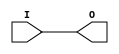
// Based on the simulation models from /opt/Xilinx/14.5/ISE_DS/ISE/verilog/src/unisims/

module IBUF(O, I);
   output O;
   input  I;
   assign O = I;
endmodule

module OBUF(O, I);
   output O;
   input  I;
   assign O = I;
endmodule

module OBUFT(O, I, T);
   output O;
   input  I, T;
   assign O = T ? 1'bz : I;
endmodule

module GND(G);
   output G;
   assign G = 0;
endmodule

module INV(O, I);
   input I;
   output O;
   assign O = !I;
endmodule

module LUT1(O, I0);
   parameter INIT = 0;
   input I0;
   wire [1:0] lutdata = INIT;
   wire [0:0] idx = { I0 };
   output     O;
   assign O = lutdata[idx];
endmodule

module LUT2(O, I0, I1);
   parameter INIT = 0;
   input I0, I1;
   wire [3:0] lutdata = INIT;
   wire [1:0] idx = { I1, I0 };
   output     O;
   assign O = lutdata[idx];
endmodule

module LUT3(O, I0, I1, I2);
   parameter INIT = 0;
   input I0, I1, I2;
   wire [7:0] lutdata = INIT;
   wire [2:0] idx = { I2, I1, I0 };
   output     O;
   assign O = lutdata[idx];
endmodule

module LUT4(O, I0, I1, I2, I3);
   parameter INIT = 0;
   input I0, I1, I2, I3;
   wire [15:0] lutdata = INIT;
   wire [3:0]  idx = { I3, I2, I1, I0 };
   output      O;
   assign O = lutdata[idx];
endmodule

module LUT5(O, I0, I1, I2, I3, I4);
   parameter INIT = 0;
   input I0, I1, I2, I3, I4;
   wire [31:0] lutdata = INIT;
   wire [4:0]  idx = { I4, I3, I2, I1, I0 };
   output      O;
   assign O = lutdata[idx];
endmodule

module LUT6(O, I0, I1, I2, I3, I4, I5);
   parameter INIT = 0;
   input I0, I1, I2, I3, I4, I5;
   wire [63:0] lutdata = INIT;
   wire [5:0]  idx = { I5, I4, I3, I2, I1, I0 };
   output      O;
   assign O = lutdata[idx];
endmodule

module MUXCY(O, CI, DI, S);
   input CI, DI, S;
   output O;
   assign O = S ? CI : DI;
endmodule

module MUXF7(O, I0, I1, S);
   input I0, I1, S;
   output O;
   assign O = S ? I1 : I0;
endmodule

module MUXF8(O, I0, I1, S);
   input I0, I1, S;
   output O;
   assign O = S ? I1 : I0;
endmodule

module VCC(P);
   output P;
   assign P = 1;
endmodule

module XORCY(O, CI, LI);
   input CI, LI;
   output O;
   assign O = CI ^ LI;
endmodule

module CARRY4(CO, O, CI, CYINIT, DI, S);
   output [3:0] CO, O;
   input        CI, CYINIT;
   input [3:0]  DI, S;
   wire         ci_or_cyinit;
   assign O = S ^ {CO[2:0], ci_or_cyinit};
   assign CO[0] = S[0] ? ci_or_cyinit : DI[0];
   assign CO[1] = S[1] ? CO[0] : DI[1];
   assign CO[2] = S[2] ? CO[1] : DI[2];
   assign CO[3] = S[3] ? CO[2] : DI[3];
   assign ci_or_cyinit = CI | CYINIT;
endmodule

module FD_1 (Q, C, D);
   parameter INIT = 1'b0;
   output Q;
   input  C, D;
   wire   Q;
   reg    q_out;
   initial q_out = INIT;
   assign Q = q_out;
   always @(negedge C  )
	 q_out <= D;
endmodule // FD_1

module FDC_1 (Q, C, CLR, D);
   parameter INIT = 1'b0;
   output Q;
   input  C, CLR, D;
   wire   Q;
   reg    q_out;
   initial q_out = INIT;
   assign Q = q_out;
   always @(CLR)
     if (CLR)
       q_out <= 0;
   always @(negedge C)
	 q_out <=  D;
endmodule // FDC_1

module FDCE_1 (Q, C, CE, CLR, D);
   parameter INIT = 1'b0;
   output Q;
   input  C, CE, CLR, D;
   wire   Q;
   reg    q_out;
   initial q_out = INIT;
   assign Q = q_out;
   always @(CLR)
     if (CLR)
       q_out <= 0;
   always @(negedge C)
     if (CE)
       q_out <=  D;
endmodule // FDCE_1

module FDCE (Q, C, CE, CLR, D);
   parameter INIT = 1'b0;
   output Q;
   input  C, CE, CLR, D;
   wire   Q;
   reg    q_out;
   initial q_out = INIT;
   assign Q = q_out;
   always @(CLR)
     if (CLR)
       q_out <= 0;
   always @(posedge C)
     if (CE)
	   q_out <= D;
endmodule // FDCE

module FDCP_1 (Q, C, CLR, D, PRE);
   parameter INIT = 1'b0;
   output Q;
   input  C, CLR, D, PRE;
   wire   Q;
   reg    q_out;
   initial q_out = INIT;
   assign Q = q_out;
   always @(CLR or PRE)
     if (CLR)
       q_out <= 0;
     else if (PRE)
       q_out <= 1;
   always @(negedge C )
     q_out <=  D;
endmodule // FDCP_1

module FDCPE_1 (Q, C, CE, CLR, D, PRE);
   parameter INIT = 1'b0;
   output Q;
   input  C, CE, CLR, D, PRE;
   wire   Q;
   reg    q_out;
   initial q_out = INIT;
   assign Q = q_out;
   always @(CLR or PRE)
     if (CLR)
       q_out <= 0;
     else if (PRE)
       q_out <= 1;
   always @(negedge C )
     if ( CE ==1)
       q_out <=  D;
endmodule // FDCPE_1

module FDCPE (Q, C, CE, CLR, D, PRE);
   parameter INIT = 1'b0;
   output Q;
   input  C, CE, CLR, D, PRE;
   wire   Q;
   reg    q_out;
   initial q_out = INIT;
   assign Q = q_out;
   always @(CLR or PRE)
     if (CLR)
       q_out <= 0;
     else if (PRE)
       q_out <= 1;
   always @(posedge C )
     if (CE)
	   q_out <= D;
endmodule // FDCPE

module FDCP (Q, C, CLR, D, PRE);
   parameter INIT = 1'b0;
   output Q;
   input  C, CLR, D, PRE;
   wire   Q;
   reg    q_out;
   initial q_out = INIT;
   assign Q = q_out;
   always @(CLR or PRE)
     if (CLR)
       q_out <= 0;
     else if (PRE)
       q_out <= 1;
   always @(posedge C )
	 q_out <=  D;
endmodule // FDCP

module FDC (Q, C, CLR, D);
   parameter INIT = 1'b0;
   output Q;
   input  C, CLR, D;
   wire   Q;
   reg    q_out;
   initial q_out = INIT;
   always @(CLR)
     if (CLR)
       q_out <= 0;
   always @(posedge C)
	 q_out <=  D;
   assign Q = q_out;
endmodule // FDC

module FDDRCPE (Q, C0, C1, CE, CLR, D0, D1, PRE);
   parameter INIT = 1'b0;
   output Q;
   input  C0, C1, CE, CLR, D0, D1, PRE;
   wire   Q;
   reg    q_out;
   reg    q0_out, q1_out;
   reg    C0_tmp, C1_tmp;
   initial begin
      q_out = INIT;
      q0_out = INIT;
      q1_out = INIT;
      C0_tmp = 0;
      C1_tmp = 0;
   end
   assign Q = q_out;
   always @(CLR or PRE)
     if (CLR) begin
        q_out  <= 0;
        q0_out <= 0;
        q1_out <= 0;
        C0_tmp <= 0;
        C1_tmp <= 0;
     end
     else if (PRE) begin
        q_out  <= 1;
        q0_out <= 1;
        q1_out <= 1;
        C0_tmp <= 0;
        C1_tmp <= 0;
     end
   always @(posedge C0) 
     if ( CE) begin
        C0_tmp <=  1;
        q0_out <=  D0;
     end
   always @(posedge C1)
     if ( CE ) begin
        C1_tmp <=  1;
        q1_out <=  D1;
     end
   always @(posedge C0_tmp or posedge C1_tmp )
     if (C1_tmp)
       q_out <=  q1_out;
     else 
       q_out <=  q0_out;
endmodule // FDDRCPE

module FDDRRSE (Q, C0, C1, CE, D0, D1, R, S);
   parameter INIT = 1'b0;
   output Q;
   input  C0, C1, CE, D0, D1, R, S;
   wire   Q;
   reg    q_out;
   reg    q0_out, q1_out;
   reg    C0_tmp, C1_tmp;
   initial begin
      q_out = INIT;
      q0_out = INIT;
      q1_out = INIT;
      C0_tmp = 0;
      C1_tmp = 0;
   end
   assign Q = q_out;
   always @(posedge C0) 
     if (CE == 1 || R == 1 || S == 1) begin
        C0_tmp <=  1;
        //      C0_tmp <= #100 0;
     end
   always @(posedge C1) 
     if (CE == 1 || R == 1 || S == 1) begin
        C1_tmp <=  1;
        //      C1_tmp <= #100 0;
     end
   always @(posedge C0) 
     if (R)
       q0_out <=  0;
     else if (S)
       q0_out <=  1;
     else if (CE)
       q0_out <= D0;
   always @(posedge C1)
     if (R)
       q1_out <=  0;
     else if (S)
       q1_out <=  1;
     else if (CE)
       q1_out <=  D1;
   always @(posedge C0_tmp or posedge C1_tmp )
     if (C1_tmp)
       q_out <=  q1_out;
     else 
       q_out <=  q0_out;
endmodule // FDDRRSE

module FDE_1 (Q, C, CE, D);
   parameter INIT = 1'b0;
   output Q;
   input  C, CE, D;
   wire   Q;
   reg    q_out;
   initial q_out = INIT;
   assign Q = q_out;
   always @(negedge C )
     if (CE)
	   q_out <=  D;
endmodule // FDE_1

module FDE (Q, C, CE, D);
   parameter INIT = 1'b0;
   output Q;
   input  C, CE, D;
   wire   Q;
   reg    q_out;
   initial q_out = INIT;
   assign Q = q_out;
   always @(posedge C)
	 if (CE)
	   q_out <=  D;
endmodule // FDE

module FDP_1 (Q, C, D, PRE);
   parameter INIT = 1'b1;
   output Q;
   input  C, D, PRE;
   wire   Q;
   reg    q_out;
   initial q_out = INIT;
   assign Q = q_out;
   always @(PRE)
     if (PRE)
       q_out <= 1;
   always @(negedge C)
	 q_out <=  D;
endmodule // FDP_1

module FDPE_1 (Q, C, CE, D, PRE);
   parameter INIT = 1'b1;
   output Q;
   input  C, CE, D, PRE;
   wire   Q;
   reg    q_out;
   initial q_out = INIT;
   assign Q = q_out;
   always @(PRE)
     if (PRE)
       q_out <= 1;
   always @(negedge C )
     if (CE)
	   q_out <=  D;
endmodule // FDPE_1

module FDPE (Q, C, CE, D, PRE);
   parameter INIT = 1'b1;
   output Q;
   input  C, CE, D, PRE;
   wire   Q;
   reg    q_out;
   initial q_out = INIT;
   assign Q = q_out;
   always @(PRE)
     if (PRE)
       q_out <= 1;
   always @(posedge C )
     if (CE)
	   q_out <=  D;
endmodule // FDPE

module FDP (Q, C, D, PRE);
   parameter INIT = 1'b1;
   output Q;
   input  C, D, PRE;
   wire   Q;
   reg    q_out;
   initial q_out = INIT;
   assign Q = q_out;
   always @(PRE)
     if (PRE) 
       q_out <= 1;
   always @(posedge C )
	 q_out <= D;
endmodule // FDP

module FDR_1 (Q, C, D, R);
   parameter INIT = 1'b0;
   output Q;
   input  C, D, R;
   wire   Q;
   reg    q_out;
   initial q_out = INIT;
   assign Q = q_out;
   always @(negedge C )
     if (R)
	   q_out <=  0;
     else
	   q_out <=  D;
endmodule // FDR_1

module FDRE_1 (Q, C, CE, D, R);
   parameter INIT = 1'b0;
   output Q;
   input  C, CE, D, R;
   wire   Q;
   reg    q_out;
   initial q_out = INIT;
   assign Q = q_out;
   always @(negedge C )
	 if (R)
	   q_out <=  0;
	 else if (CE)
	   q_out <=  D;
endmodule // FDRE_1

module FDRE (Q, C, CE, D, R);
   parameter INIT = 1'b0;
   output Q;
   input  C, CE, D, R;
   wire   Q;
   reg    q_out;
   initial q_out = INIT;
   assign Q = q_out;
   always @(posedge C )
     if (R)
	   q_out <=  0;
     else if (CE)
	   q_out <=  D;
endmodule // FDRE

module FDRS_1 (Q, C, D, R, S);
   parameter INIT = 1'b0;
   output Q;
   input  C, D, R, S;
   wire   Q;
   reg    q_out;
   initial q_out = INIT;
   assign Q = q_out;
   always @(negedge C)
	 if (R)
	   q_out <=  0;
	 else if (S)
	   q_out <=  1;
	 else
	   q_out <=  D;
endmodule // FDRS_1

module FDRSE_1 (Q, C, CE, D, R, S);
   parameter INIT = 1'b0;
   output Q;
   input  C, CE, D, R, S;
   wire   Q;
   reg    q_out;
   initial q_out = INIT;
   assign Q = q_out;
   always @(negedge C )
     if (R)
	   q_out <=  0;
     else if (S)
	   q_out <=  1;
     else if (CE)
	   q_out <=  D;
endmodule // FDRSE_1

module FDRSE (Q, C, CE, D, R, S);
   parameter INIT = 1'b0;
   output Q;
   input  C, CE, D, R, S;
   wire   Q;
   reg    q_out;
   initial q_out = INIT;
   assign Q = q_out;
   always @(posedge C )
     if (R)
	   q_out <=  0;
     else if (S)
	   q_out <=  1;
     else if (CE)
	   q_out <=  D;
endmodule // FDRSE

module FDRS (Q, C, D, R, S);
   parameter INIT = 1'b0;
   output Q;
   input  C, D, R, S;
   wire   Q;
   reg    q_out;
   initial q_out = INIT;
   assign Q = q_out;
   always @(posedge C )
	 if (R)
	   q_out <=  0;
	 else if (S)
	   q_out <=  1;
	 else
	   q_out <=  D;
endmodule // FDRS

module FDR (Q, C, D, R);
   parameter INIT = 1'b0;
   output Q;
   input  C, D, R;
   wire   Q;
   reg    q_out;
   initial q_out = INIT;
   assign Q = q_out;
   always @(posedge C )
     if (R)
	   q_out <=  0;
     else
	   q_out <=  D;
endmodule // FDR

module FDS_1 (Q, C, D, S);
   parameter INIT = 1'b1;
   output Q;
   input  C, D, S;
   wire   Q;
   reg    q_out;
   initial q_out = INIT;
   assign Q = q_out;
   always @(negedge C )
     if (S)
	   q_out <=  1;
     else
	   q_out <=  D;
endmodule // FDS_1

module FDSE_1 (Q, C, CE, D, S);
   parameter INIT = 1'b1;
   output Q;
   input  C, CE, D, S;
   wire   Q;
   reg    q_out;
   initial q_out = INIT;
   assign Q = q_out;
   always @(negedge C )
	 if (S)
	   q_out <=  1;
	 else if (CE)
	   q_out <=  D;
endmodule // FDSE_1

module FDSE (Q, C, CE, D, S);
   parameter INIT = 1'b1;
   output Q;
   input  C, CE, D, S;
   wire   Q;
   reg    q_out;
   initial q_out = INIT;
   assign Q = q_out;
   always @(posedge C )
	 if (S)
	   q_out <=  1;
	 else if (CE)
	   q_out <=  D;
endmodule // FDSE

module FDS (Q, C, D, S);
   parameter INIT = 1'b1;
   output Q;
   input  C, D, S;
   wire   Q;
   reg    q_out;
   initial q_out = INIT;
   assign Q = q_out;
   always @(posedge C )
     if (S)
	   q_out <=  1;
     else
	   q_out <=  D;
endmodule // FDS

module FD (Q, C, D);
   parameter INIT = 1'b0;
   output Q;
   input  C, D;
   wire   Q;
   reg    q_out;
   initial q_out = INIT;
   always @(posedge C)
	 q_out <=  D;
   assign Q = q_out;
endmodule // FD


module LD_1 (Q, D, G);
   parameter INIT = 1'b0;
   output Q;
   wire   Q;
   input  D, G;
   reg    q_out;
   initial q_out = INIT;
   assign Q = q_out;
   always @(D or G)
	 if (!G)
	   q_out <= D;
endmodule // LD_1

module LDC_1 (Q, CLR, D, G);
   parameter INIT = 1'b0;
   output Q;
   wire   Q;
   input  CLR, D, G;
   reg    q_out;
   initial q_out = INIT;
   assign Q = q_out;
   always @(CLR or D or G)
	 if (CLR)
	   q_out <= 0;
	 else if (!G)
	   q_out <= D;
endmodule // LDC_1

module LDCE_1 (Q, CLR, D, G, GE);
   parameter INIT = 1'b0;
   output Q;
   wire   Q;
   input  CLR, D, G, GE;
   reg    q_out;
   initial q_out = INIT;
   assign Q = q_out;
   always @(CLR or D or G or GE)
	 if (CLR)
	   q_out <= 0;
	 else if (!G && GE)
	   q_out <= D;
endmodule // LDCE_1

module LDCE (Q, CLR, D, G, GE);
   parameter INIT = 1'b0;
   output Q;
   wire   Q;
   input  CLR, D, G, GE;
   reg    q_out;
   initial q_out = INIT;
   assign Q = q_out;
   always @(CLR or D or G or GE)
	 if (CLR)
	   q_out <= 0;
	 else if (G && GE)
	   q_out <= D;
endmodule // LDCE

module LDCP_1 (Q, CLR, D, G, PRE);
   parameter INIT = 1'b0;
   output Q;
   wire   Q;
   input  CLR, D, G, PRE;
   reg    q_out;
   initial q_out = INIT;
   assign Q = q_out;
   always @(CLR or PRE or D or G)
	 if (CLR)
	   q_out <= 0;
	 else if (PRE)
	   q_out <= 1;
	 else if (!G)
	   q_out <= D;
endmodule // LDCP_1

module LDCPE_1 (Q, CLR, D, G, GE, PRE);
   parameter INIT = 1'b0;
   output Q;
   wire   Q;
   input  CLR, D, G, GE, PRE;
   reg    q_out;
   initial q_out = INIT;
   assign Q = q_out;
   always @(CLR or PRE or D or G or GE)
	 if (CLR)
	   q_out <= 0;
	 else if (PRE)
	   q_out <= 1;
	 else if (!G && GE)
	   q_out <= D;
endmodule // LDCPE_1

module LDCPE (Q, CLR, D, G, GE, PRE);
   parameter INIT = 1'b0;
   output Q;
   wire   Q;
   input  CLR, D, G, GE, PRE;
   reg    q_out;
   initial q_out = INIT;
   assign Q = q_out;
   always @(CLR or PRE or D or G or GE)
	 if (CLR)
	   q_out <= 0;
	 else if (PRE)
	   q_out <= 1;
	 else if (G && GE)
	   q_out <= D;
endmodule // LDCPE

module LDCP (Q, CLR, D, G, PRE);
   parameter INIT = 1'b0;
   output Q;
   wire   Q;
   input  CLR, D, G, PRE;
   reg    q_out;
   initial q_out = INIT;
   assign Q = q_out;
   always @(CLR or PRE or D or G)
	 if (CLR)
	   q_out <= 0;
	 else if (PRE)
	   q_out <= 1;
	 else if (G)
	   q_out <= D;
endmodule // LDCP

module LDC (Q, CLR, D, G);
   parameter INIT = 1'b0;
   output Q;
   wire   Q;
   input  CLR, D, G;
   reg    q_out;
   initial q_out = INIT;
   assign Q = q_out;
   always @(CLR or D or G)
	 if (CLR)
	   q_out <= 0;
	 else if (G)
	   q_out <= D;
endmodule // LDC

module LDE_1 (Q, D, G, GE);
   parameter INIT = 1'b0;
   output Q;
   wire   Q;
   input  D, G, GE;
   reg    q_out;
   initial q_out = INIT;
   assign Q = q_out;
   always @(D or G or GE)
	 if (!G && GE)
	   q_out <= D;
endmodule // LDE_1

module LDE (Q, D, G, GE);
   parameter INIT = 1'b0;
   output Q;
   wire   Q;
   input  D, G, GE;
   reg    q_out;
   initial q_out = INIT;
   assign Q = q_out;
   always @(D or G or GE)
	 if (G && GE)
	   q_out <= D;
endmodule // LDE

module LDP_1 (Q, D, G, PRE);
   parameter INIT = 1'b1;
   output Q;
   wire   Q;
   input  D, G, PRE;
   reg    q_out;
   initial q_out = INIT;
   assign Q = q_out;
   always @(PRE or D or G)
	 if (PRE)
	   q_out <= 1;
	 else if (!G)
	   q_out <= D;
endmodule // LDP_1

module LDPE_1 (Q, D, G, GE, PRE);
   parameter INIT = 1'b1;
   output Q;
   wire   Q;
   input  D, G, GE, PRE;
   reg    q_out;
   initial q_out = INIT;
   assign Q = q_out;
   always @(PRE or D or G or GE)
	 if (PRE)
	   q_out <= 1;
	 else if (!G && GE)
	   q_out <= D;
endmodule // LDPE_1

module LDPE (Q, D, G, GE, PRE);
   parameter INIT = 1'b1;
   output Q;
   wire   Q;
   input  D, G, GE, PRE;
   reg    q_out;
   initial q_out = INIT;
   assign Q = q_out;
   always @(PRE or D or G or GE)
	 if (PRE)
	   q_out <= 1;
	 else if (G && GE)
	   q_out <= D;
endmodule // LDPE

module LDP (Q, D, G, PRE);
   parameter INIT = 1'b1;
   output Q;
   wire   Q;
   input  D, G, PRE;
   reg    q_out;
   initial q_out = INIT;
   assign Q = q_out;
   always @(PRE or D or G)
	 if (PRE)
	   q_out <= 1;
	 else if (G)
	   q_out <= D;
endmodule // LDP

module LD (Q, D, G);
   parameter INIT = 1'b0;
   output Q;
   wire   Q;
   input  D, G;
   reg    q_out;
   initial q_out = INIT;
   assign Q = q_out;
   always @(D or G)
	 if (G)
	   q_out <= D;
endmodule // LD


module BUFCF (O, I);
   output O;
   input  I;
   buf B1 (O, I);
endmodule // BUFCF

module BUFE (O, E, I);
   output O;
   input  E, I;
   bufif1 B1 (O, I, E);
endmodule // BUFE

module BUFGCE_1 (O, CE, I);
   output O;
   input  CE, I;
   wire   NCE;
   BUFGMUX_1 B1 (.I0(I),
	             .I1(1'b1),
	             .O(O),
	             .S(NCE));
   INV I1 (.I(CE),
	       .O(NCE));
endmodule // BUFGCE_1

module BUFGCE (O, CE, I);
   output O;
   input  CE, I;
   wire   NCE;
   BUFGMUX B1 (.I0(I),
	           .I1(1'b0),
	           .O(O),
	           .S(NCE));
   INV I1 (.I(CE),
	       .O(NCE));
endmodule // BUFGCE

module BUFGCTRL (O, CE0, CE1, I0, I1, IGNORE0, IGNORE1, S0, S1);
   output O;
   input  CE0;
   input  CE1;
   input  I0;
   input  I1;
   input  IGNORE0;
   input  IGNORE1;
   input  S0;
   input  S1;
   parameter integer INIT_OUT = 0;
   parameter PRESELECT_I0 = "FALSE";
   parameter PRESELECT_I1 = "FALSE";
   reg               O;
   reg               q0, q1;
   reg               q0_enable, q1_enable;
   reg               preselect_i0, preselect_i1;
   reg               task_input_ce0, task_input_ce1, task_input_i0;
   reg               task_input_i1, task_input_ignore0, task_input_ignore1;
   reg               task_input_s0, task_input_s1;
   wire              I0t, I1t;
   // *** parameter checking
   // *** Start here
   assign I0t = INIT_OUT ? ~I0 : I0;
   assign I1t = INIT_OUT ? ~I1 : I1;
   always @(q0 or q1 or I0t or I1t) begin 
	  case ({q1, q0})
        2'b01: O = I0;
        2'b10: O = I1; 
        2'b00: O = INIT_OUT;
	    2'b11: begin
		   q0 = 1'bx;
		   q1 = 1'bx;
		   q0_enable = 1'bx;
		   q1_enable = 1'bx;
		   O = 1'bx;
		end
      endcase
   end
endmodule // BUFGCTRL

module BUFG_LB (
                CLKOUT,
                CLKIN
                );
   output CLKOUT;
   input  CLKIN;
   buf B_CLKOUT (CLKOUT, CLKIN);
endmodule // BUFG_LB

module BUFGMUX_1 (O, I0, I1, S);
   parameter CLK_SEL_TYPE = "SYNC";
   output O;
   input  I0, I1, S;
   reg    q0, q1;
   reg    q0_enable, q1_enable;
   wire   q0_t, q1_t;
   reg    clk_sel_in;
   bufif1 B0 (O, I0, q0_t);
   bufif1 B1 (O, I1, q1_t);
   pullup P1 (O);
   initial
     clk_sel_in = (CLK_SEL_TYPE == "ASYNC") ? 1 : 0;
   assign q0_t = (clk_sel_in) ? ~S : q0;
   assign q1_t = (clk_sel_in) ? S : q1;
   always @(I0 or S or q0_enable)
 	 if (I0)
	   q0 <= !S && q0_enable;
   always @(I1 or S or q1_enable)
 	 if (I1)
	   q1 <= S && q1_enable;
   always @(q1 or I0)
	 if (q1)
	   q0_enable <= 0;
	 else if (!I0)
	   q0_enable <= !q1;
   always @(q0 or I1)
	 if (q0)
	   q1_enable <= 0;
	 else if (!I1)
	   q1_enable <= !q0;
endmodule // BUFGMUX_1

module BUFGMUX_CTRL (O, I0, I1, S);
   output O;
   input  I0;
   input  I1;
   input  S;
   BUFGCTRL bufgctrl_inst (.O(O), .CE0(1'b1), .CE1(1'b1), .I0(I0), .I1(I1), .IGNORE0(1'b0), .IGNORE1(1'b0), .S0(~S), .S1(S));
   defparam bufgctrl_inst.INIT_OUT = 1'b0;
   defparam bufgctrl_inst.PRESELECT_I0 = "TRUE";
   defparam bufgctrl_inst.PRESELECT_I1 = "FALSE";
endmodule // BUFGMUX_CTRL

module BUFGMUX (O, I0, I1, S);
   parameter CLK_SEL_TYPE = "SYNC";
   output O;
   input  I0, I1, S;
   reg    q0, q1;
   reg    q0_enable, q1_enable;
   wire   q0_t, q1_t;
   reg    clk_sel_in;
   bufif1 B0 (O, I0, q0_t);
   bufif1 B1 (O, I1, q1_t);
   pulldown P1 (O);
   initial
     clk_sel_in = (CLK_SEL_TYPE == "ASYNC") ? 1 : 0;
   assign q0_t = (clk_sel_in) ? ~S : q0;
   assign q1_t = (clk_sel_in) ? S : q1;
   always @(I0 or S or q0_enable)
 	 if (!I0)
	   q0 <= !S && q0_enable;
   always @(I1 or S or q1_enable)
 	 if (!I1)
	   q1 <= S && q1_enable;
   always @(q1 or I0)
	 if (q1)
	   q0_enable <= 0;
	 else if (I0)
	   q0_enable <= !q1;
   always @(q0 or I1)
	 if (q0)
	   q1_enable <= 0;
	 else if (I1)
	   q1_enable <= !q0;
endmodule // BUFGMUX

module BUFGMUX_VIRTEX4 (O, I0, I1, S);
   output O;
   input  I0;
   input  I1;
   input  S;
   BUFGCTRL bufgctrl_inst (.O(O), .CE0(1'b1), .CE1(1'b1), .I0(I0), .I1(I1), .IGNORE0(1'b0), .IGNORE1(1'b0), .S0(~S), .S1(S));
   defparam bufgctrl_inst.INIT_OUT = 1'b0;
   defparam bufgctrl_inst.PRESELECT_I0 = "TRUE";
   defparam bufgctrl_inst.PRESELECT_I1 = "FALSE";
endmodule // BUFGMUX_VIRTEX4

module BUFGP (O, I);
   output O;
   input  I;
   buf B1 (O, I);
endmodule // BUFGP

module BUFG (O, I);
   output O;
   input  I;
   buf B1 (O, I);
endmodule // BUFG

module BUFHCE (O, CE, I);
   parameter CE_TYPE = "SYNC";
   parameter integer INIT_OUT = 0;
   output            O;
   input             CE;
   input             I;
   wire              NCE, o_bufg_o, o_bufg1_o;
   reg               CE_TYPE_BINARY;
   reg               INIT_OUT_BINARY;
   BUFGMUX #(.CLK_SEL_TYPE(CE_TYPE)) 
   B1 (.I0(I),
       .I1(1'b0),
       .O(o_bufg_o),
       .S(NCE));
   INV I1 (.I(CE),
           .O(NCE));
   BUFGMUX_1 #(.CLK_SEL_TYPE(CE_TYPE)) 
   B2 (.I0(I),
       .I1(1'b1),
       .O(o_bufg1_o),
       .S(NCE));
   assign O = (INIT_OUT == 1) ? o_bufg1_o : o_bufg_o;
endmodule // BUFHCE

module BUFH (O, I);
   output O;
   input  I;
   buf B1 (O, I);
endmodule // BUFH

// BUFIO2_2CLK
module BUFIO2FB (O, I);
   parameter DIVIDE_BYPASS = "TRUE";      // TRUE, FALSE
   output O; 
   input  I; 
   reg    divclk_bypass_attr;
   // Other signals
   reg    attr_err_flag = 0;
   //----------------------------------------------------------------------
   //------------------------  Output Ports  ------------------------------
   //----------------------------------------------------------------------
   buf buf_o(O, I);
endmodule // BUFIO2FB

// BUFIO2FB
// BUFIO2
module BUFIODQS (O, DQSMASK, I);
   parameter DQSMASK_ENABLE = "FALSE";      // TRUE, FALSE
   output O; 
   input  DQSMASK; 
   input  I; 
   reg    delay_bypass_attr;
   reg    dqsmask_enable_attr;
   wire   o_out;
   // Other signals
   reg    attr_err_flag = 0;
   //----------------------------------------------------------------------
   //------------------------  Output Ports  ------------------------------
   //----------------------------------------------------------------------
   buf buf_o(O, o_out);
   reg    q1, q2;
   wire   clk, dglitch_en;
   assign clk = (dglitch_en == 1'b1) ? I : 1'b0;
   always @(DQSMASK or clk) begin
      if (DQSMASK == 1'b1) q1 = 0;
      else #(300) if (clk == 1) q1 = 1;
   end
   always @(DQSMASK or clk) begin
      if (DQSMASK == 1'b1) q2 = 0;
      else #(400) if (clk == 0) q2 = q1;
   end
   assign dglitch_en = (~q2 | DQSMASK);
   assign o_out = (DQSMASK_ENABLE == "TRUE") ?  clk : I;
endmodule // BUFIODQS

// BUFIODQS
module BUFIO (O, I);
   output O;
   input  I;
   buf B1 (O, I);
endmodule // BUFIO

module BUFMRCE (
                O,
                CE,
                I
                );
   parameter CE_TYPE = "SYNC";
   parameter integer INIT_OUT = 0;
   output            O;
   input             CE;
   input             I;
   wire              NCE, o_bufg_o, o_bufg1_o;
   reg               CE_TYPE_BINARY;
   reg               INIT_OUT_BINARY;
   wire              O_OUT;
   wire              CE_IN;
   wire              I_IN;
   wire              CE_INDELAY;
   wire              I_INDELAY;
   BUFGMUX #(.CLK_SEL_TYPE(CE_TYPE))
   B1 (.I0(I),
       .I1(1'b0),
       .O(o_bufg_o),
       .S(NCE));
   INV I1 (.I(CE),
           .O(NCE));
   BUFGMUX_1 #(.CLK_SEL_TYPE(CE_TYPE))
   B2 (.I0(I),
       .I1(1'b1),
       .O(o_bufg1_o),
       .S(NCE));
   assign O = (INIT_OUT == 1) ? o_bufg1_o : o_bufg_o;
endmodule // BUFMRCE

module BUFMR (
              O,
              I
              );
   output O;
   input  I;
   buf B1 (O, I);
endmodule // BUFMR

module BUFT (O, I, T);
   output O;
   input  I, T;
   bufif0 T1 (O, I, T);
endmodule // BUFT

module BUF (O, I);
   output O;
   input  I;
   buf B1 (O, I);
endmodule // BUF